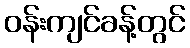
ဝန်းကျင်ခန့်တွင်